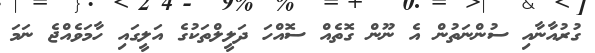
ގުރުއާނާއި ސުންނަތުން އެ ނޫން ގޮތެއް ސޮއްހަ ދަލީލްތަކުގެ އަލީގައި ހާމަވެއްޖެ ނަމަ